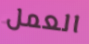
العمل